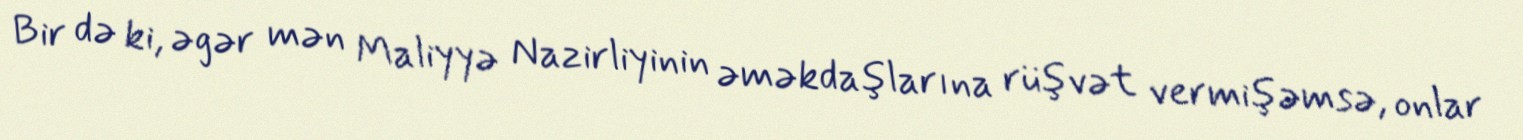
Bir də ki, əgər mən Maliyyə Nazirliyinin əməkdaşlarına rüşvət vermişəmsə, onlar